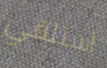
أستلقي